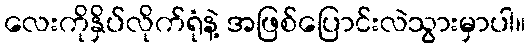
လေးကိုနှိပ်လိုက်ရုံနဲ့ အဖြစ်ပြောင်းလဲသွားမှာပါ။